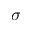
\sigma